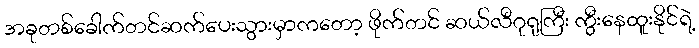
အခုတစ်ခေါက်တင်ဆက်ပေးသွားမှာကတော့ ဖိုက်တင် ဆယ်လီဂုရုကြီး ကွီးနေထူးနိုင်ရဲ့